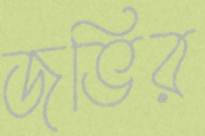
জভির